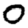
Digit: 0